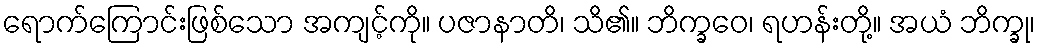
ရောက်ကြောင်းဖြစ်သော အကျင့်ကို။ ပဇာနာတိ၊ သိ၏။ ဘိက္ခဝေ၊ ရဟန်းတို့။ အယံ ဘိက္ခု၊